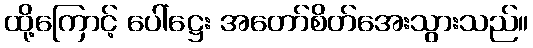
ထို့ကြောင့် ပေါ်ဋ္ဌေး အတော်စိတ်အေးသွားသည်။